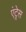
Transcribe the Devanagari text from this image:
एंट्रेस